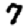
Digit: 7